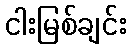
ငါးမြစ်ချင်း